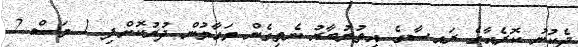
ދެކުނު ކޮރެއާގެ ރައީސާގެ އިތުރުބާރު ނެތިގެން މަގާމުން ދުރުކޮށްފި 1 މަސް 2